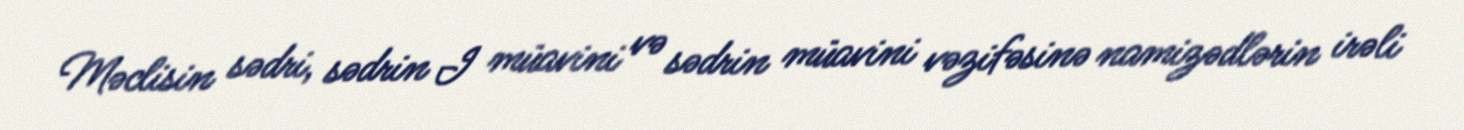
Məclisin sədri, sədrin I müavini və sədrin müavini vəzifəsinə namizədlərin irəli